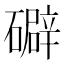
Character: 礔